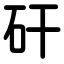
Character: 矸